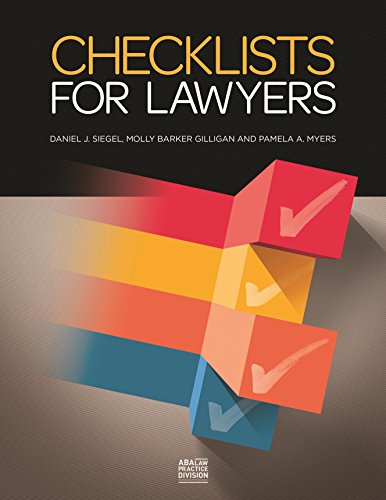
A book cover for Checklists for Lawyers; Daniel J. Siegel; Law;